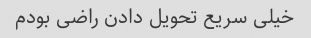
خیلی سریع تحویل دادن راضی بودم